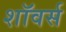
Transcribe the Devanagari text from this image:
शॉवर्स